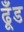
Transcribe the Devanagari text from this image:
ढूँड